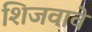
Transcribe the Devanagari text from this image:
शिजवावे